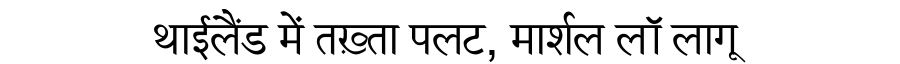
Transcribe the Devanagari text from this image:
थाईलैंड में तख़्ता पलट, मार्शल लॉ लागू